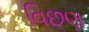
વિછણ